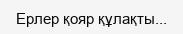
Ерлер қояр құлақты...